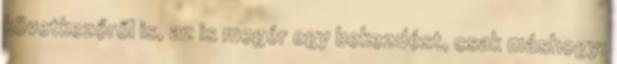
következőről is, az is megér egy bekezdést, csak máshogy: